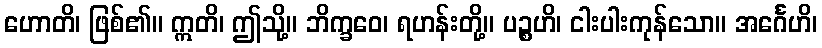
ဟောတိ၊ ဖြစ်၏။ ဣတိ၊ ဤသို့။ ဘိက္ခဝေ၊ ရဟန်းတို့။ ပဉ္စဟိ၊ ငါးပါးကုန်သော။ အင်္ဂေဟိ၊